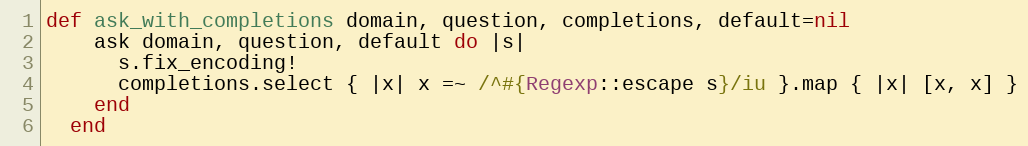
Language: Ruby
def ask_with_completions domain, question, completions, default=nil
    ask domain, question, default do |s|
      s.fix_encoding!
      completions.select { |x| x =~ /^#{Regexp::escape s}/iu }.map { |x| [x, x] }
    end
  end